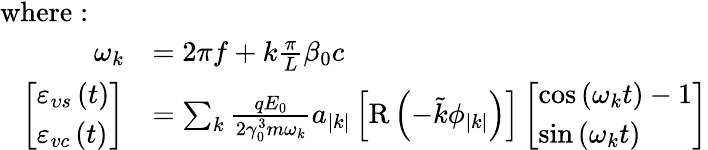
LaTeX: \begin{array}{rl}{\mathrm{where:~}~~~}&{}\\ {\omega_{k}}&{=2\pi f+k\frac{\pi}{L}\beta_{0}c}\\ {\left[\begin{array}{l}{\varepsilon_{\upsilon s}\left(t\right)}\\ {\varepsilon_{vc}\left(t\right)}\end{array}\right]}&{=\sum_{k}\frac{qE_{0}}{2\gamma_{0}^{3}m\omega_{k}}a_{\left|k\right|}\left[\mathrm{R}\left(-\tilde{k}\phi_{\left|k\right|}\right)\right]\left[\begin{array}{l}{\cos\left(\omega_{k}t\right)-1}\\ {\sin\left(\omega_{k}t\right)}\end{array}\right]}\end{array}